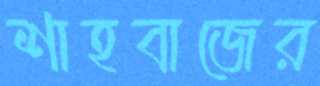
শাহবাজের